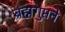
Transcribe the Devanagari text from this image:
ब्रह्मगुप्तने